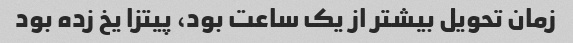
زمان تحویل بیشتر از یک ساعت بود، پیتزا یخ زده بود